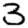
Digit: 3